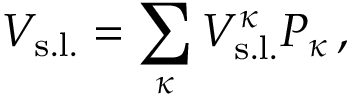
V _ { \mathrm { s . l . } } = \sum _ { \kappa } V _ { \mathrm { s . l . } } ^ { \kappa } P _ { { \kappa } } \, ,